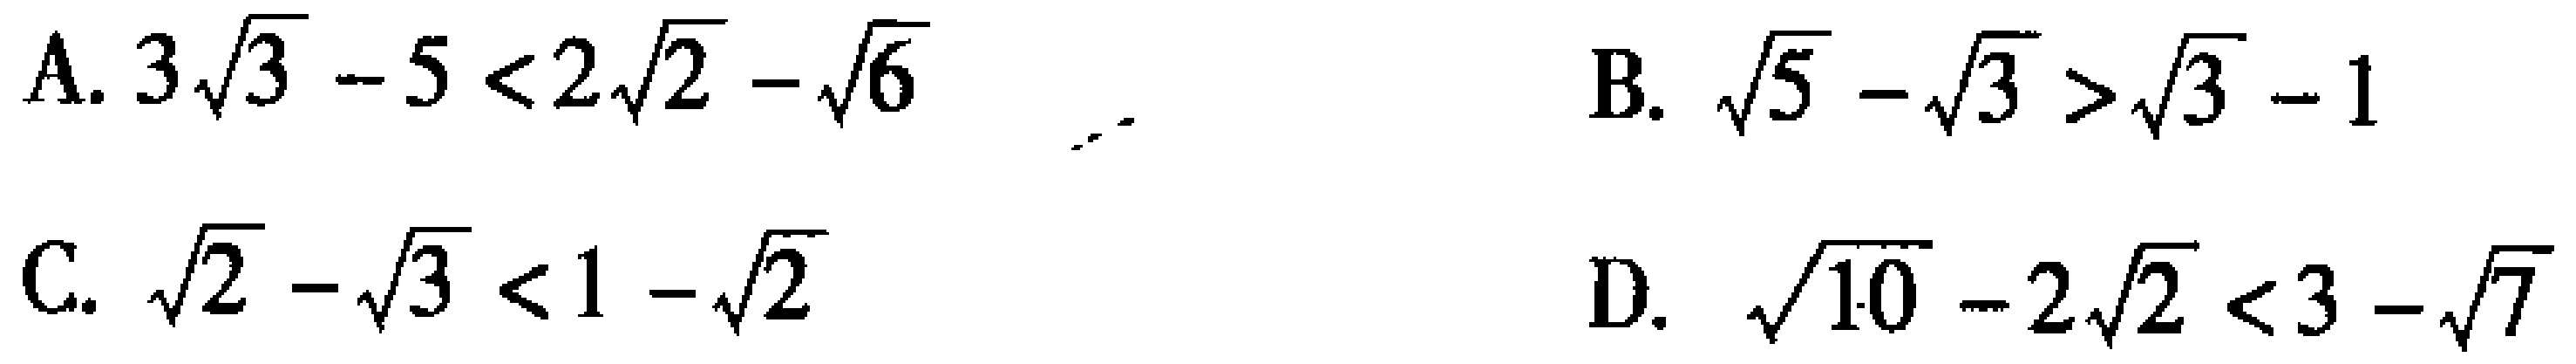
A. \(3\sqrt{3}-5<2\sqrt{2}-\sqrt{6}\)  B. \(\sqrt{5}-\sqrt{3}>\sqrt{3}-1\)

C. \(\sqrt{2}-\sqrt{3}<1-\sqrt{2}\)  D. \(\sqrt{10}-2\sqrt{2}<3-\sqrt{7}\)